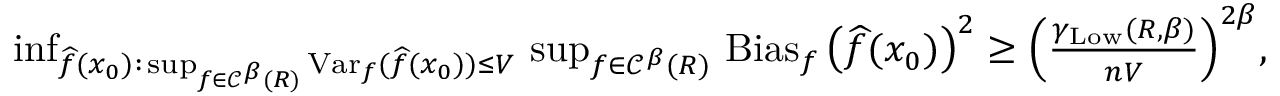
\begin{array} { r } { \operatorname* { i n f } _ { \widehat f ( x _ { 0 } ) : \, \operatorname* { s u p } _ { f \in { \mathscr C } ^ { \beta } ( R ) } \operatorname { V a r } _ { f } ( \widehat f ( x _ { 0 } ) ) \leq V } \, \operatorname* { s u p } _ { f \in { \mathscr C } ^ { \beta } ( R ) } \, \operatorname { B i a s } _ { f } \big ( \widehat f ( x _ { 0 } ) \big ) ^ { 2 } \geq \Big ( \frac { \gamma _ { \mathrm { L o w } } ( R , \beta ) } { n V } \Big ) ^ { 2 \beta } , } \end{array}